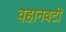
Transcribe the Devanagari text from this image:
वहानवटी